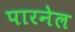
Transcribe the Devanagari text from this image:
पारनेल